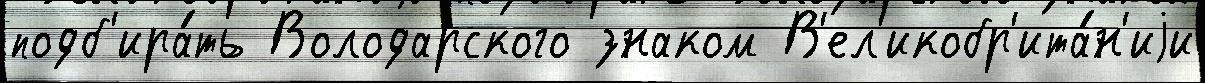
подб'ира́ть Володарского знаком В'ел'икобр'ита́н'иjи